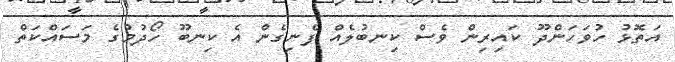
އަތޮޅު ހުވަހަންދޫ ކައިރިން ވެސް ކިނބުލެއް ފެނިގެން އެ ކިނބޫ ހޯދުމުގެ މަސައްކަތް